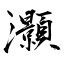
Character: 灝